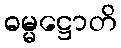
ဓမ္မဋ္ဌောတိ